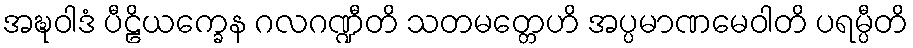
အဍ္ဎဝါဒံ ပီဠိယက္ခေန ဂလဂဏ္ဍီတိ သတမတ္တေဟိ အပ္ပမာဏမေဝါတိ ပရမ္ပီတိ